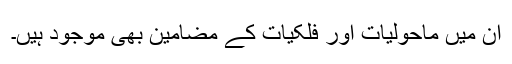
ان میں ماحولیات اور فلکیات کے مضامین بھی موجود ہیں۔